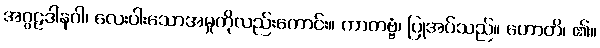
အဂ္ဂဠဒါနဝါ၊ လေးပါးသောအမှုကိုလည်းကောင်း။ ကာတဗ္ဗံ၊ ပြုအပ်သည်။ ဟောတိ၊ ၏။